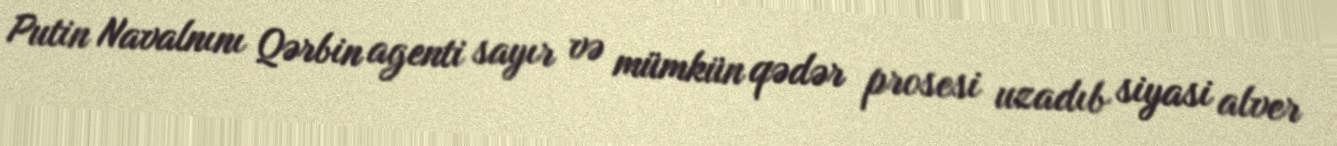
Putin Navalnını Qərbin agenti sayır və mümkün qədər prosesi uzadıb siyasi alver